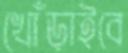
খোঁড়াইবে